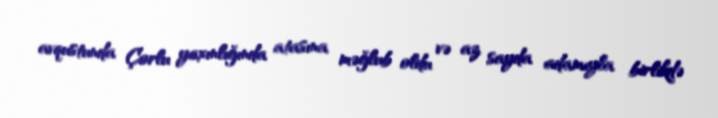
avqustunda Çorlu yaxınlığında atasına məğlub oldu və az sayda adamıyla birlikdə